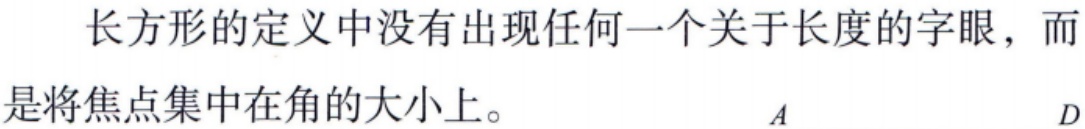
长方形的定义中没有出现任何一个关于长度的字眼，而是将焦点集中在角的大小上。\(A\)\(D\)